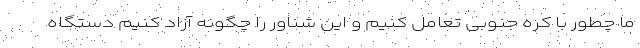
ما چطور با کره جنوبی تعامل کنیم و این شناور را چگونه آزاد کنیم دستگاه